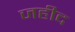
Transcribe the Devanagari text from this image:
जहीद